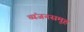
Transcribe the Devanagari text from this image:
व्यंजनसमूह